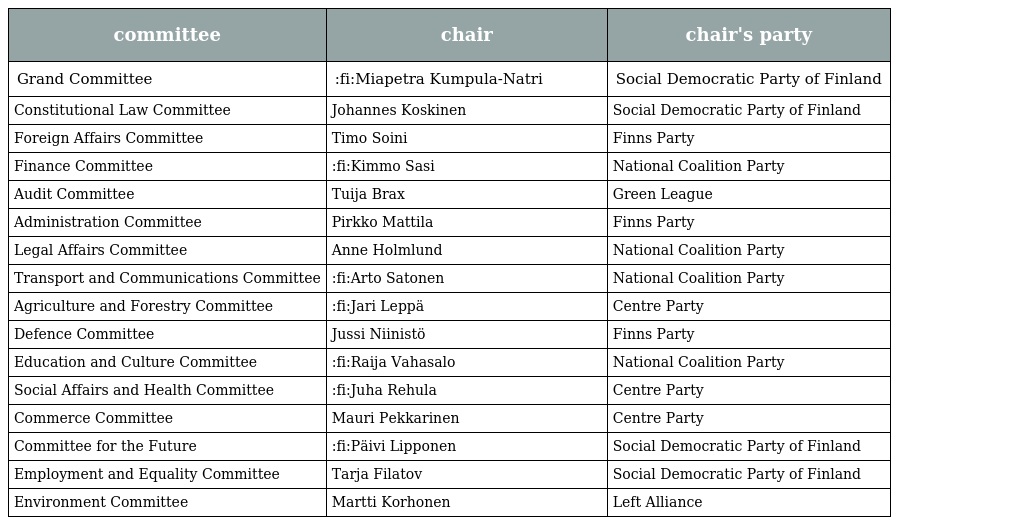
| committee | chair | chair's party |
 | --- | --- | --- |
 | Grand Committee | :fi:Miapetra Kumpula-Natri | Social Democratic Party of Finland |
 | Constitutional Law Committee | Johannes Koskinen | Social Democratic Party of Finland |
 | Foreign Affairs Committee | Timo Soini | Finns Party |
 | Finance Committee | :fi:Kimmo Sasi | National Coalition Party |
 | Audit Committee | Tuija Brax | Green League |
 | Administration Committee | Pirkko Mattila | Finns Party |
 | Legal Affairs Committee | Anne Holmlund | National Coalition Party |
 | Transport and Communications Committee | :fi:Arto Satonen | National Coalition Party |
 | Agriculture and Forestry Committee | :fi:Jari Leppä | Centre Party |
 | Defence Committee | Jussi Niinistö | Finns Party |
 | Education and Culture Committee | :fi:Raija Vahasalo | National Coalition Party |
 | Social Affairs and Health Committee | :fi:Juha Rehula | Centre Party |
 | Commerce Committee | Mauri Pekkarinen | Centre Party |
 | Committee for the Future | :fi:Päivi Lipponen | Social Democratic Party of Finland |
 | Employment and Equality Committee | Tarja Filatov | Social Democratic Party of Finland |
 | Environment Committee | Martti Korhonen | Left Alliance |